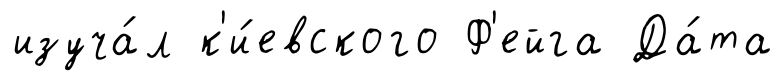
изуча́л к'и́евского Ф'ейга Да́та